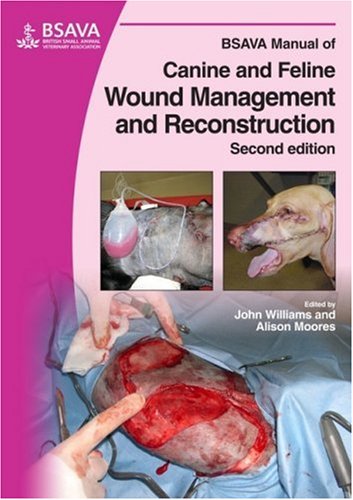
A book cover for BSAVA Manual of Canine and Feline Wound Management and Reconstruction; John M. Williams; Medical Books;